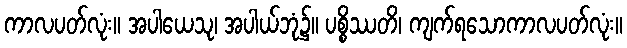
ကာလပတ်လုံး။ အပါယေသု၊ အပါယ်ဘုံ၌။ ပစ္စိဿတိ၊ ကျက်ရသောကာလပတ်လုံး။